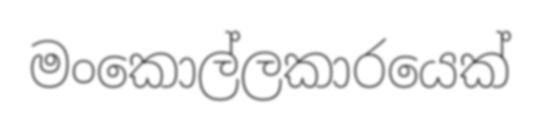
මංකොල්ලකාරයෙක්